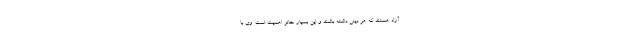
آزاد هستند که هر دینی داشته باشند و این بسیار حائز اهمیت است. وی با